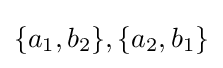
\{a_{1},b_{2}\},\{a_{2},b_{1}\}